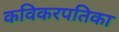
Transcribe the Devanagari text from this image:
कविकरपतिका